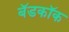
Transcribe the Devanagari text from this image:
बॅडकॉक